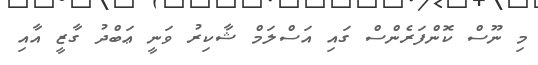
މި ނޫސް ކޮންފަރެންސް ގައި އަސްލަމް ޝާކިރު ވަނީ ޢަބްދު ގާޒީ އާއި